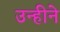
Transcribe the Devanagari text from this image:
उन्हीने